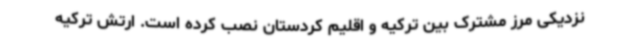
نزدیکی مرز مشترک بین ترکیه و اقلیم کردستان نصب کرده است‌. ارتش ترکیه